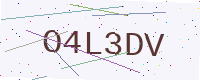
Text: O4L3DV